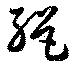
絶